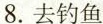
8.去钓鱼